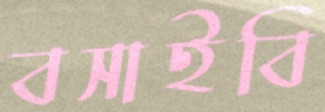
বসাইবি